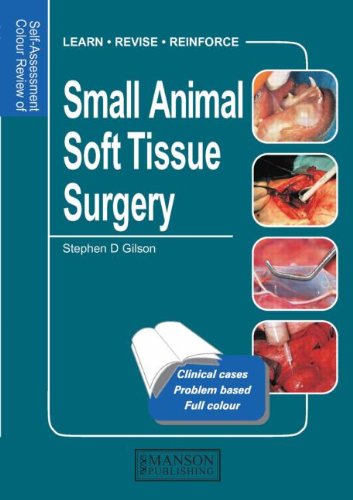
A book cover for Small Animal Soft Tissue Surgery: Self-Assessment Color Review (Veterinary Self-Assessment Color Review Series); Stephen D. Gilson; Medical Books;